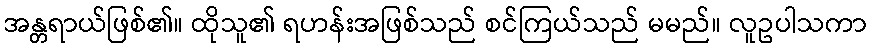
အန္တရာယ်ဖြစ်၏။ ထိုသူ၏ ရဟန်းအဖြစ်သည် စင်ကြယ်သည် မမည်။ လူဥပါသကာ